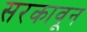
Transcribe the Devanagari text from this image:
सरकावून